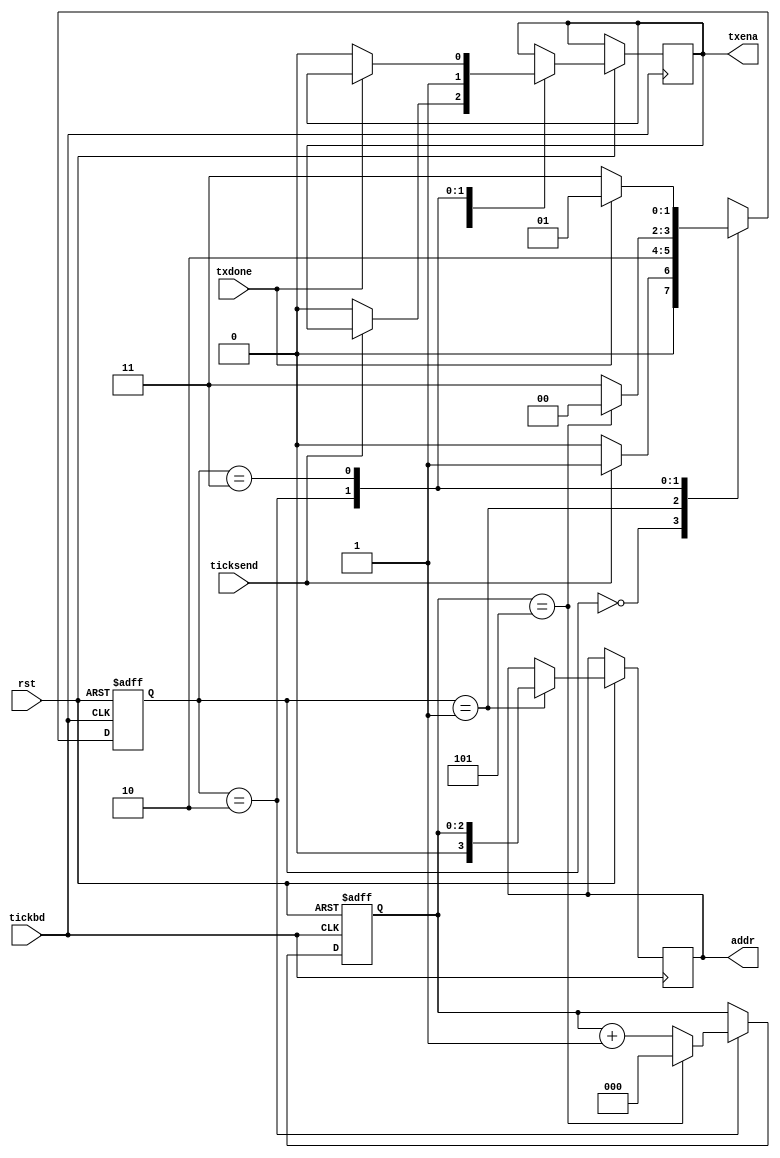
module controlread(
input tickbd, rst, ticksend,
input txdone,

output reg [3:0] addr,
output reg txena
);

parameter IDLE = 0, ADDR = 1, COND = 2, REC = 3;

reg [1:0] state;
reg [2:0] cnt;

always@(posedge tickbd, negedge rst)
begin
	if(!rst)
		begin
		state <= IDLE;
		cnt <= 3'd0;
		end
	else
		begin
		case(state)
			IDLE:
				begin
				if(ticksend)
					begin
					state<=ADDR;
					end
				else
					begin
					state <= IDLE;
					txena <= 1'b0;
					end
				end
			ADDR:
				begin
				addr <= cnt;
				state <= COND;
				end
			COND:
				begin
				txena <= 1'b1;
				if(cnt==3'd5)
					begin
					cnt <= 3'd0;
					state <= IDLE;
					end
				else
					begin
					cnt <= cnt + 3'd1;
					state <= REC;
					end
				end
			REC:
				begin
				if(txdone)
					begin
					state <= ADDR;
					end
				else
					begin
					txena <= 1'b0;
					state <= REC;
					end
				end
		endcase
		end
end

endmodule